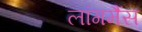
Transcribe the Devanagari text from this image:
लांगमैंस